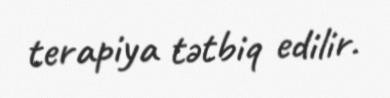
terapiya tətbiq edilir.